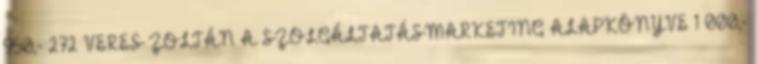
950,- 272 VERES ZOLTÁN A SZOLGÁLTATÁSMARKETING ALAPKÖNYVE 1 000,-